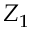
Z _ { 1 }